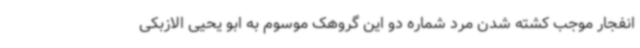
انفجار موجب کشته شدن مرد شماره دو این گروهک موسوم به ابو یحیی الازبکی